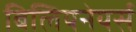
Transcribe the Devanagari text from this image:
बिलियनेयर्स